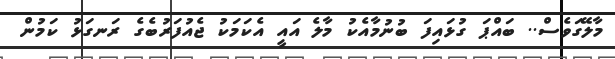
މާލޭގަވެސް.. ބައްޕަ ގުޅައިފަ ބުނުމާއެކު މާލެ އައީ އެކަމަކު ޖެއުފަރުބެގެ ރަނގަޅު ކަމުން